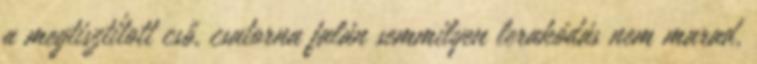
a megtisztított cső, csatorna falán semmilyen lerakódás nem marad,